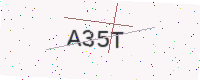
Text: A35T